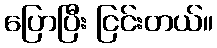
ပြောပြီး ငြင်းတယ်။